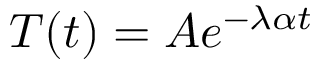
T ( t ) = A e ^ { - \lambda \alpha t }